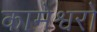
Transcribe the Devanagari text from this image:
कामेश्वरो